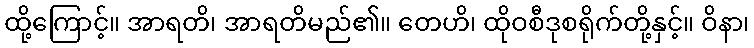
ထို့ကြောင့်။ အာရတိ၊ အာရတိမည်၏။ တေဟိ၊ ထိုဝစီဒုစရိုက်တို့နှင့်။ ဝိနာ၊